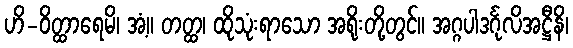
ဟိ-ဝိတ္ထာရေမိ၊ အံ့။ တတ္ထ၊ ထိုသုံးရာသော အရိုးတို့တွင်။ အဂ္ဂပါဒင်္ဂုလိအဋ္ဌီနိ၊